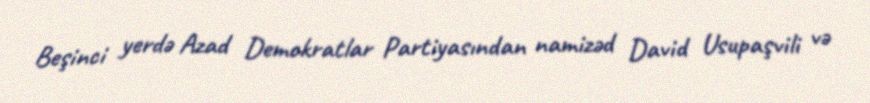
Beşinci yerdə Azad Demokratlar Partiyasından namizəd David Usupaşvili və